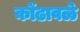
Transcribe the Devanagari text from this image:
कोंढावळे